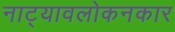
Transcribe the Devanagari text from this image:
नाट्यावलोकनकार